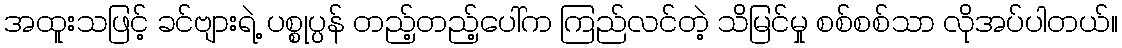
အထူးသဖြင့် ခင်ဗျားရဲ့ ပစ္စုပ္ပန် တည့်တည့်ပေါ်က ကြည်လင်တဲ့ သိမြင်မှု စစ်စစ်သာ လိုအပ်ပါတယ်။